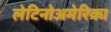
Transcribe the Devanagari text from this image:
लेटिनोअमेरिका